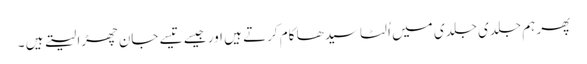
پھر ہم جلدی جلدی میں اُلٹا سیدھا کام کرتے ہیں اور جیسے تیسے جان چھڑا لیتے ہیں ۔